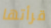
قرأتها